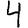
Digit: 4